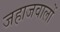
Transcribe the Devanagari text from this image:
जहाजवालों